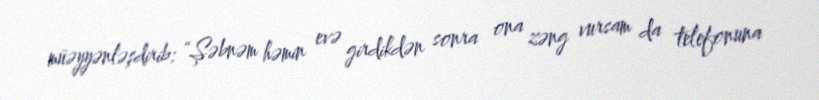
müəyyənləşdirib: “Şəbnəm həmin evə girdikdən sonra ona zəng vursam da telefonuna